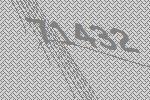
71432